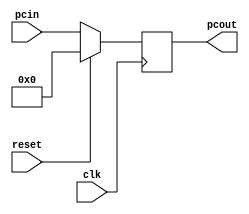
//----------------------------------------------------------------------------
//  pc
//      Program counter with synchronous reset [resets to 0].
//   
//----------------------------------------------------------------------------

module pc(pcout, clk, pcin, reset);
    input clk , reset;
    input [31:0] pcin ;
    output  reg [31:0]  pcout;
    
    initial begin
        pcout=0;
    end
    
    always @(posedge clk) begin
        if(reset)
            pcout = 0 ;
        else
            pcout = pcin ;
    end
endmodule